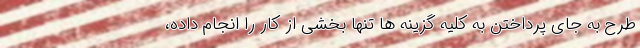
طرح به جای پرداختن به کلیه گزینه ها تنها بخشی از کار را انجام داده،